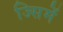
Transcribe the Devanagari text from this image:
ज्सिमें